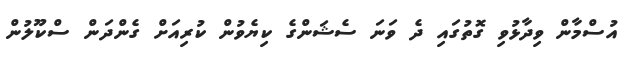
އުސްމާން ވިދާޅުވި ގޮތުގައި ދެ ވަނަ ސެޝަންގެ ކިޔެވުން ކުރިއަށް ގެންދަން ސްކޫލުން